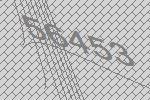
56453